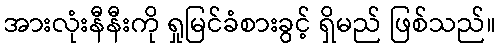
အားလုံးနီနီးကို ရှုမြင်ခံစားခွင့် ရှိမည် ဖြစ်သည်။